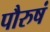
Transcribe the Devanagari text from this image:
पौरुषं